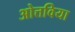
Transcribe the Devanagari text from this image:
ओत्तविया